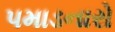
પમાડનારો